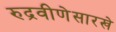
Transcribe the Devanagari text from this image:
रुद्रवीणेसारखे